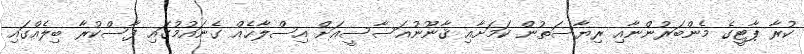
ކުރާ ޕާޓީގެ މެންބަރުންނާއި ރިޔާސަތުން ކަމަށާއި ޤާނޫނުއަސާސީއަށް އިސްލާޙެއް ގެނައުމުގައި ފާސްކުރާ ބިލެއްގައި